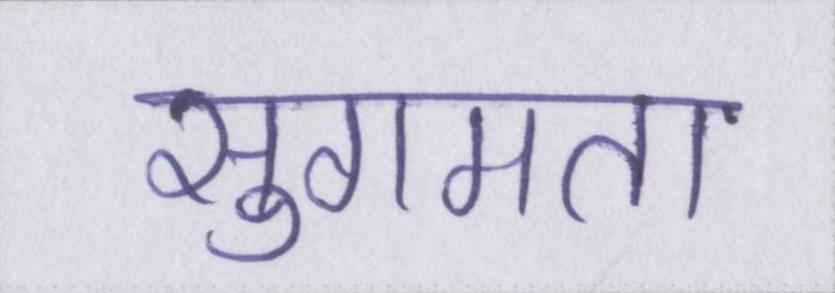
सुगमता